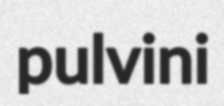
pulvini